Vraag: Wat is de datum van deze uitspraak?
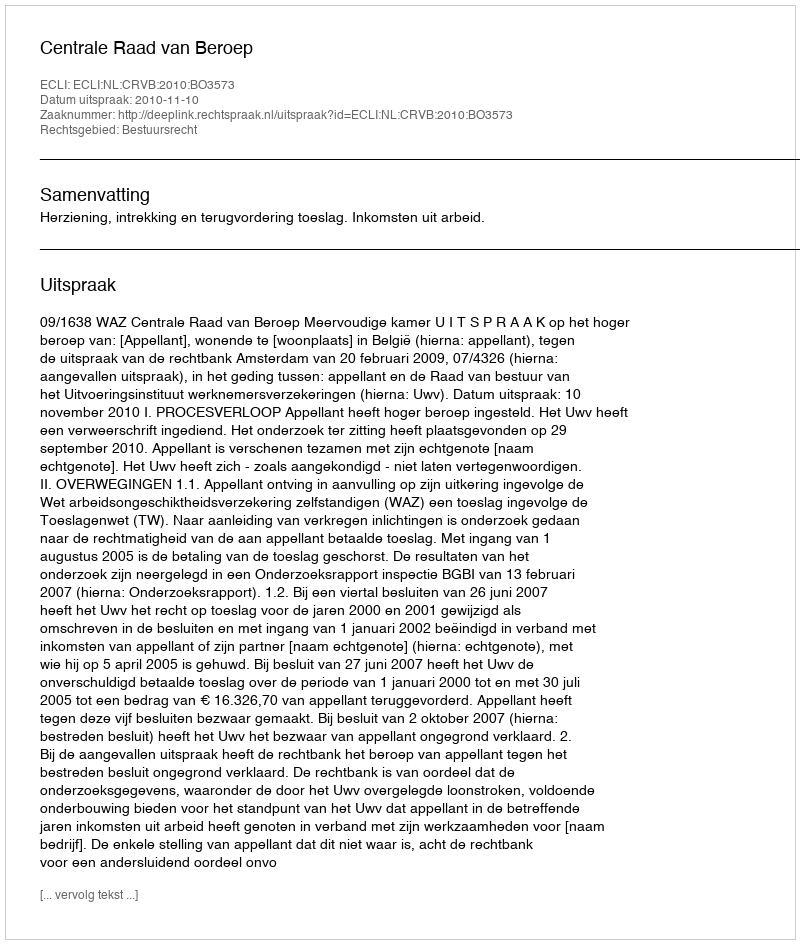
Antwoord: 2010-11-10